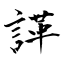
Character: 諽